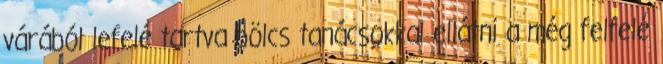
várából lefelé tartva bölcs tanácsokkal ellátni a még felfelé